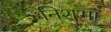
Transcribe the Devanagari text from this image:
निशभा